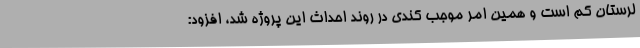
لرستان کم است و همین امر موجب کندی در روند احداث این پروژه شد، افزود: